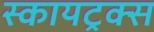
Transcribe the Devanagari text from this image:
स्कायट्रक्स